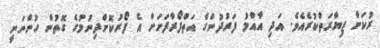
ރުކަށް ޒިޔާރަތްކުރެއެވެ. އަދި އާއްމު ފަރުދުންގެ އަތްފޯރާފަށަށް އެ ފޯރުކޮށްދިނުމުގެ ގޮތުން ހުންނަނީ